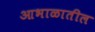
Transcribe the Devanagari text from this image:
आभाळातील